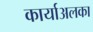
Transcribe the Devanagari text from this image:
कार्याअलका